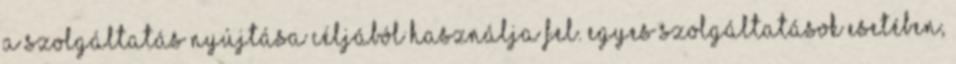
a szolgáltatás nyújtása céljából használja fel. Egyes szolgáltatások esetében,